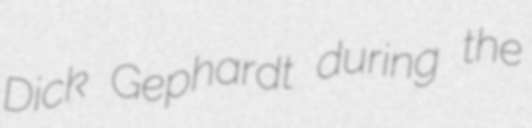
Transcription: Dick Gephardt during the